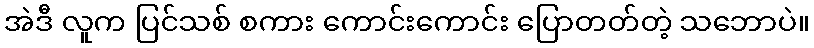
အဲဒီ လူက ပြင်သစ် စကား ကောင်းကောင်း ပြောတတ်တဲ့ သဘောပဲ။